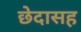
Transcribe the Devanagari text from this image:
छेदासह